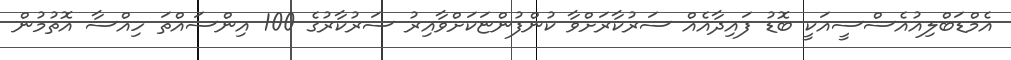
އެމްޑަބްލިއުއެސްސީއަކީ ބޮޑު ފައިދާއެއް ސަރުކާރަށްވާ ކުންފުންޏަކަށްވާއިރު ސަރުކާރުގެ 100 އިންސައްތަ ހިއްސާ އޮތުމުން